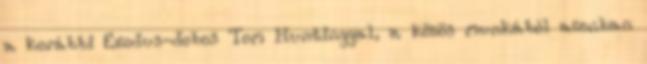
a korábbi Exodus-dobos Tom Huntinggal, a közös munkából azonban